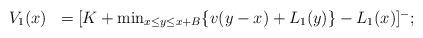
LaTeX: \begin{align*}\begin{array}{lll}V_1(x)& =[K+\min_{x\leq y \leq x+B} \{v(y-x) + L_1(y)\} - L_1(x)]^-;\end{array}\end{align*}